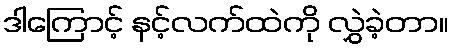
ဒါကြောင့် နင့်လက်ထဲကို လွှဲခဲ့တာ။